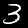
Digit: 3